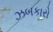
ઝબકારો